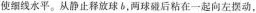
使细线水平。从静止释放球 b，两球碰后粘在一起向左摆动，